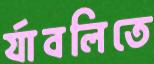
র‍্যাবলিতে